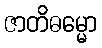
ဇာတိဓမ္မော